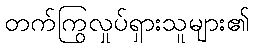
တက်ကြွလှုပ်ရှားသူများ၏